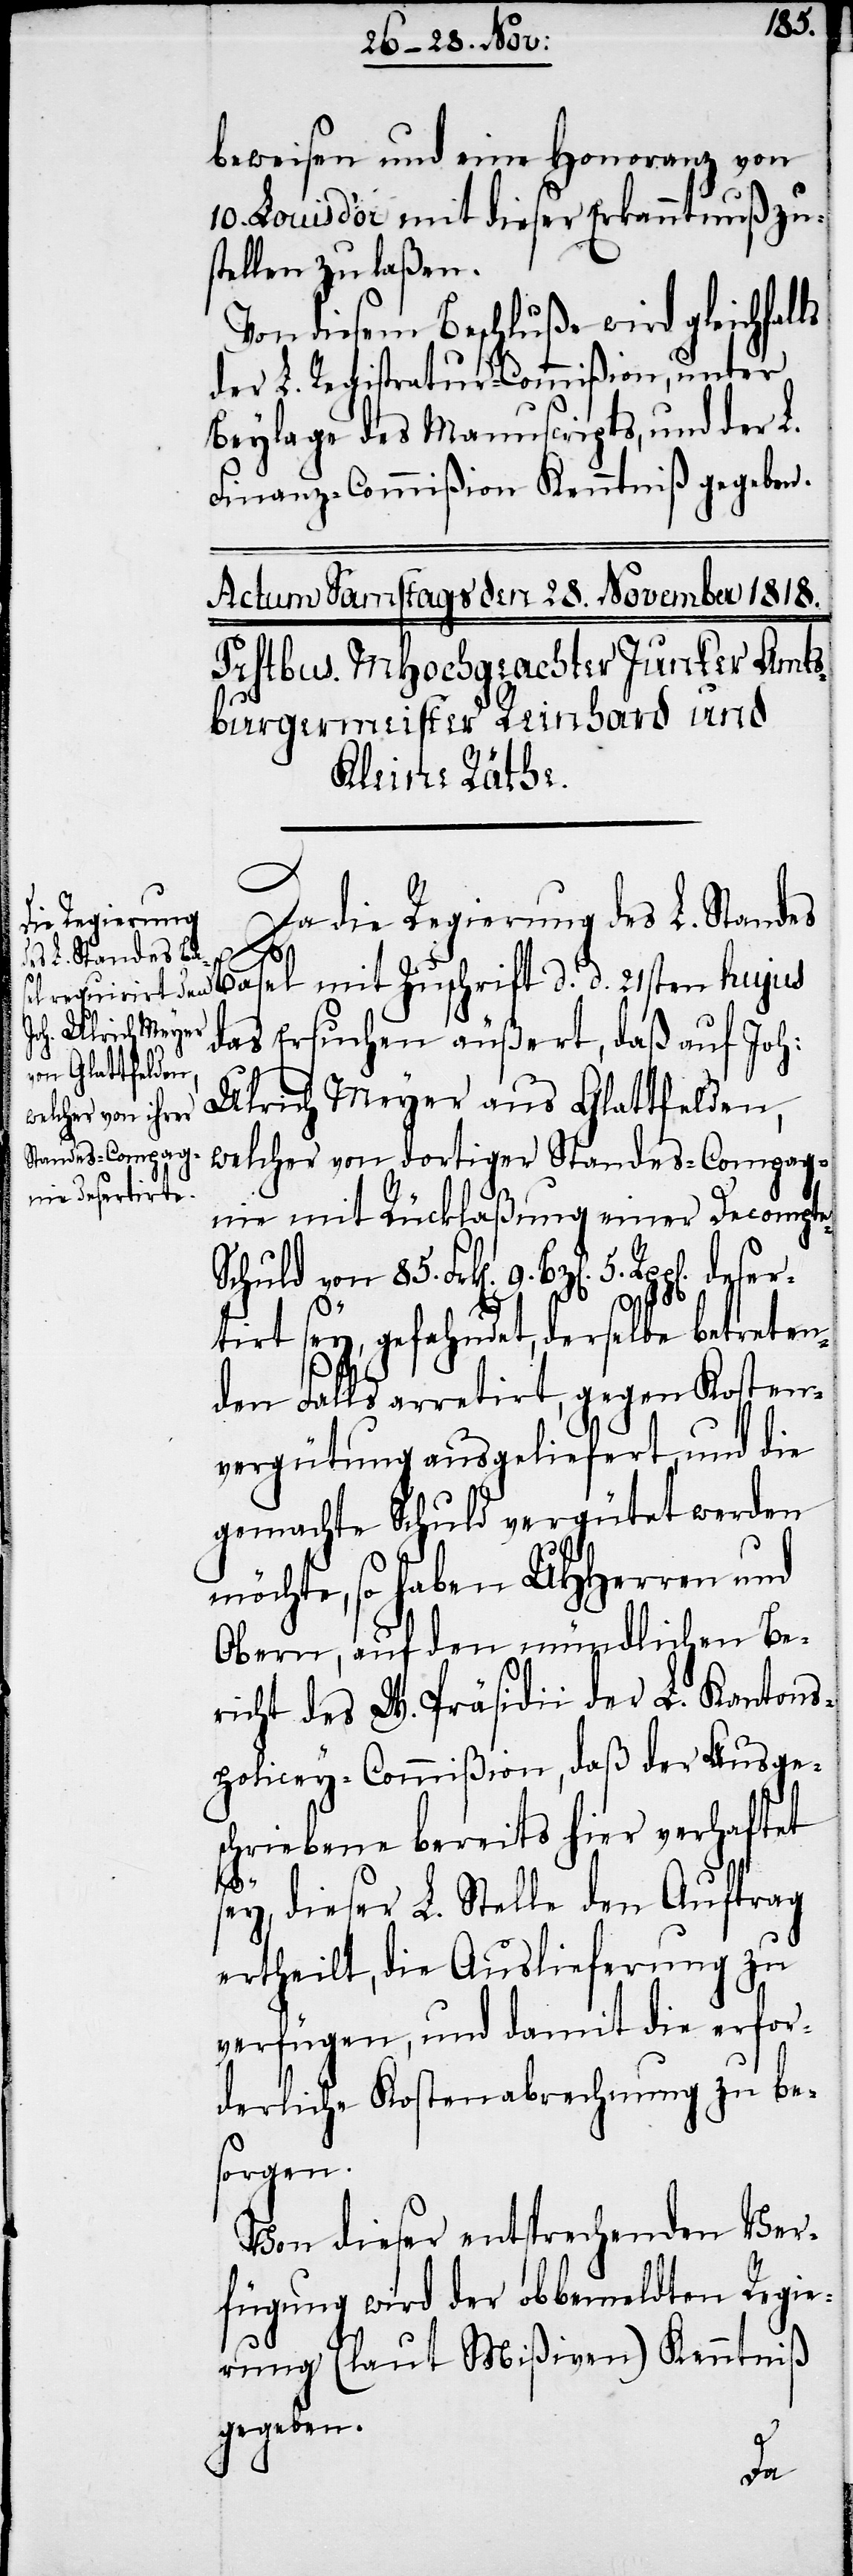
beweisen und eine Honoranz von
10. Louis d’or mit dieser Erkanntnuß zu¬
stellen zu laßen.
Von diesem Beschluße wird gleichfalls
der L. Registratur-Commißion, unter
Beylage des Manuscripts, und der L.
Finanz-Commißion Kenntniß gegeben.
Da die Regierung des L. Standes
5.
el mit Zuschrift d. d. 21sten hujus
das Ersuchen äußert, daß auf Joh:
Ulrich Meyer aus Glattfelden,
welcher von dortiger Standes-Compag¬
nie mit Rücklaßung einer Decompt¬
chuld von 85. Frk[en]. 9. Bz[e¬
deser¬
tirt sey, gefahndet, derselbe betreten¬
den Falls arretirt, gegen Kosten¬
vergütung ausgeliefert, und die
gemachte Schuld vergütet werden
möchte, so haben UHHerren und
Obern, auf den mündlichen Be¬
richt des W. Präsidii der L. Kantons¬
policey-Commißion, das der Ausge¬
schriebene bereits hier verhaftet
n].
sey, dieser L. Stelle den Auftrag
ertheilt, die Auslieferung zu
verfügen, und damit die erfor¬
derliche Kostenabrechnung zu be¬
sorgen.
Von dieser entsprechenden Ver¬
fügung wird der obbemeldten Regie¬
rung (laut Mißiven) Kenntniß
gegeben.